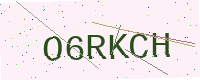
Text: O6RKCH